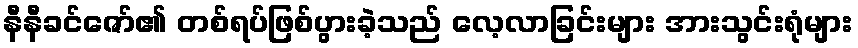
နီနီခင်ဇော်၏ တစ်ရပ်ဖြစ်ပွားခဲ့သည် လေ့လာခြင်းများ အားသွင်းရုံများ